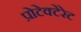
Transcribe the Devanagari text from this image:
प्रोटेक्टेरेट